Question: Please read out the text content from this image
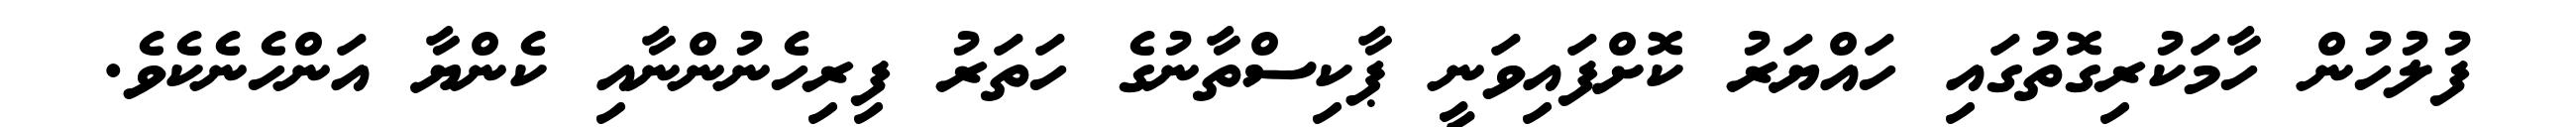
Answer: ފުލުހުން ހާމަކުރިގޮތުގައި ހައްޔަރު ކޮށްފައިވަނީ ޕާކިސްތާނުގެ ހަތަރު ފިރިހެނުންނާއި ކެންޔާ އަންހެނެކެވެ.